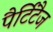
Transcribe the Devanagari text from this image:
पैर्टिटैज